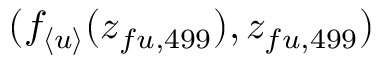
( f _ { \langle u \rangle } ( z _ { f u , 4 9 9 } ) , z _ { f u , 4 9 9 } )